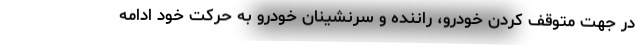
در جهت متوقف کردن خودرو، راننده و سرنشینان خودرو به حرکت خود ادامه